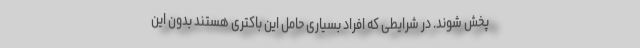
پخش شوند. در شرایطی که افراد بسیاری حامل این باکتری هستند بدون این